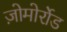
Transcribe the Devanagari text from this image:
ज़ोमोर्रोड